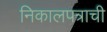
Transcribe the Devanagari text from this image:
निकालपत्राची